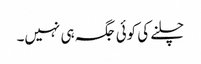
چلنے کی کوئی جگہ ہی نہیں۔